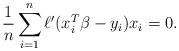
LaTeX: \begin{align*}\frac{1}{n} \sum_{i=1}^n \ell'(x_i^T \beta - y_i) x_i = 0.\end{align*}